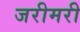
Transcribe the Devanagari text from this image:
जरीमरी